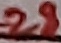
Text: 28